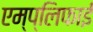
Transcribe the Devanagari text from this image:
एम्प्लिफाई